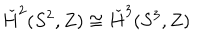
\check { H } ^ { 2 } ( S ^ { 2 } , Z ) \cong \check { H } ^ { 3 } ( S ^ { 3 } , Z )